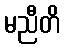
မညီတိ